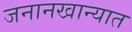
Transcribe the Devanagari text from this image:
जनानखान्यात